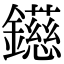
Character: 𨭨